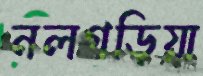
নলগড়িয়া